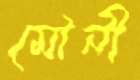
মৌনী